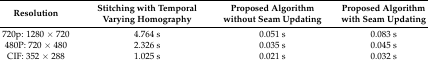
<table><thead><tr><td><b>Resolution</b></td><td><b>Stitching with Temporal Varying Homography</b></td><td><b>Proposed Algorithm without Seam Updating</b></td><td><b>Proposed Algorithm with Seam Updating</b></td></tr></thead><tbody><tr><td>720p: 1280 × 720</td><td>4.764 s</td><td>0.051 s</td><td>0.083 s</td></tr><tr><td>480P: 720 × 480</td><td>2.326 s</td><td>0.035 s</td><td>0.045 s</td></tr><tr><td>CIF: 352 × 288</td><td>1.025 s</td><td>0.021 s</td><td>0.032 s</td></tr></tbody></table>